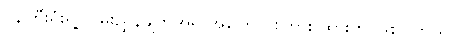
ဝန်ကြီးရုံးရဲ့ လမ်းညွှန်ချက်အရ အကြောင်းကြား ထားတာဖြစ်ပါတယ်။